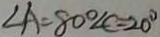
\angle A = 8 0 ^ { \circ } \angle C = 2 0 ^ { \circ }